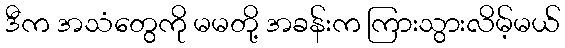
ဒီက အသံတွေကို မမတို့ အခန်းက ကြားသွားလိမ့်မယ်